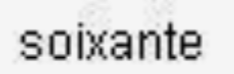
soixante